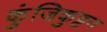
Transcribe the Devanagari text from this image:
कुंजिकुट्टन